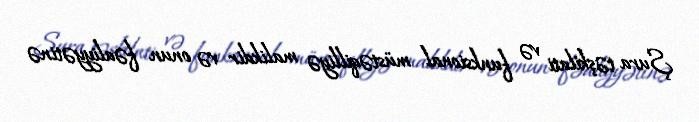
Şura təşkilati və funksional müstəqilliyə malikdir və onun fəaliyyətinə